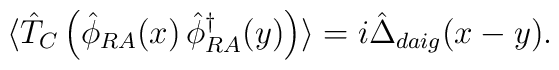
\langle \hat{T}_C \left( \hat{\phi}_{R A} (x) \, \hat{\phi}^\dagger_{R A} (y) \right) \rangle = i \hat{\Delta}_{daig} (x - y) .